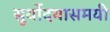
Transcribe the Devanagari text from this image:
सूर्योदयासमयी